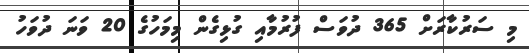
މި ސަރުކާރަށް 365 ދުވަސް ފުރުމާއި ގުޅިގެން މިމަހުގެ 20 ވަަނަ ދުވަހު